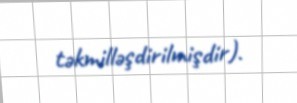
təkmilləşdirilmişdir).